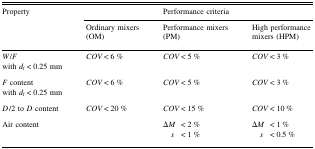
| <ROWSPAN=2> Property | <COLSPAN=3> Performance criteria |
 | Ordinary mixers (OM) | Performance mixers (PM) | High performance mixers (HPM) |
 | --- | --- | --- | --- |
 | W/F with df < 0.25 mm | COV < 6 % | COV < 5 % | COV < 3 % |
 | F content with df < 0.25 mm | COV < 6 % | COV < 5 % | COV < 3 % |
 | D/2 to D content | COV < 20 % | COV < 15 % | COV < 10 % |
 | Air content |  | ΔM < 2 % s < 1 % | ΔM < 1 % s < 0.5 % |